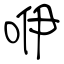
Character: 咿